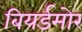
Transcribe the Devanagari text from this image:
बियर्डमोर